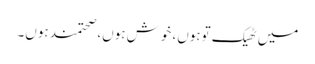
میں ٹھیک توہوں، خوش ہوں، صحتمند ہوں۔